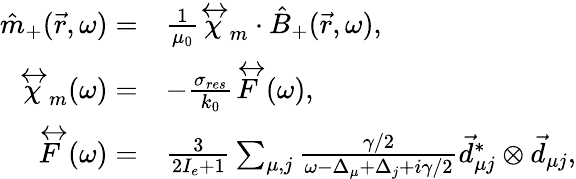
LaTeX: \begin{array}{rl}{\hat{m}_{+}(\vec{r},\omega)=}&{\frac{1}{\mu_{0}}\overleftrightarrow{\chi}_{m}\cdot\hat{B}_{+}(\vec{r},\omega),}\\ {\overleftrightarrow{\chi}_{m}(\omega)=}&{-\frac{\sigma_{res}}{k_{0}}\overleftrightarrow{F}(\omega),}\\ {\overleftrightarrow{F}(\omega)=}&{\frac{3}{2I_{e}+1}\sum_{\mu,j}\frac{\gamma/2}{\omega-\Delta_{\mu}+\Delta_{j}+i\gamma/2}\vec{d}_{\mu j}^{*}\otimes\vec{d}_{\mu j},}\end{array}